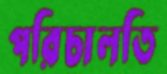
পরিচালতি